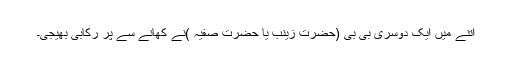
اتنے میں ایک دوسری بی بی (حضرت زینب یا حضرت صفیہ )نے کھانے سے پر رکابی بھیجی۔